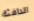
الدافئة